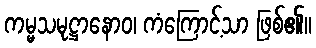
ကမ္မသမုဋ္ဌာနောဝ၊ ကံကြောင့်သာ ဖြစ်၏။